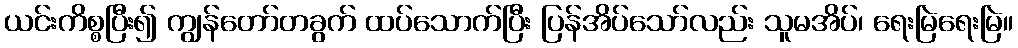
ယင်းကိစ္စပြီး၍ ကျွန်တော်တခွက် ထပ်သောက်ပြီး ပြန်အိပ်သော်လည်း သူမအိပ်၊ ရေးမြဲရေးမြဲ။